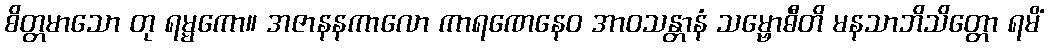
စိတ္တမာသော တု ရမ္မကော။ အဇာနနကာလော ကာရဏေနေဝ အာဝသန္တာနံ သမ္ဗောဓီတိ မနသာဘိသိတ္တော ရမိံ